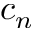
c _ { n }